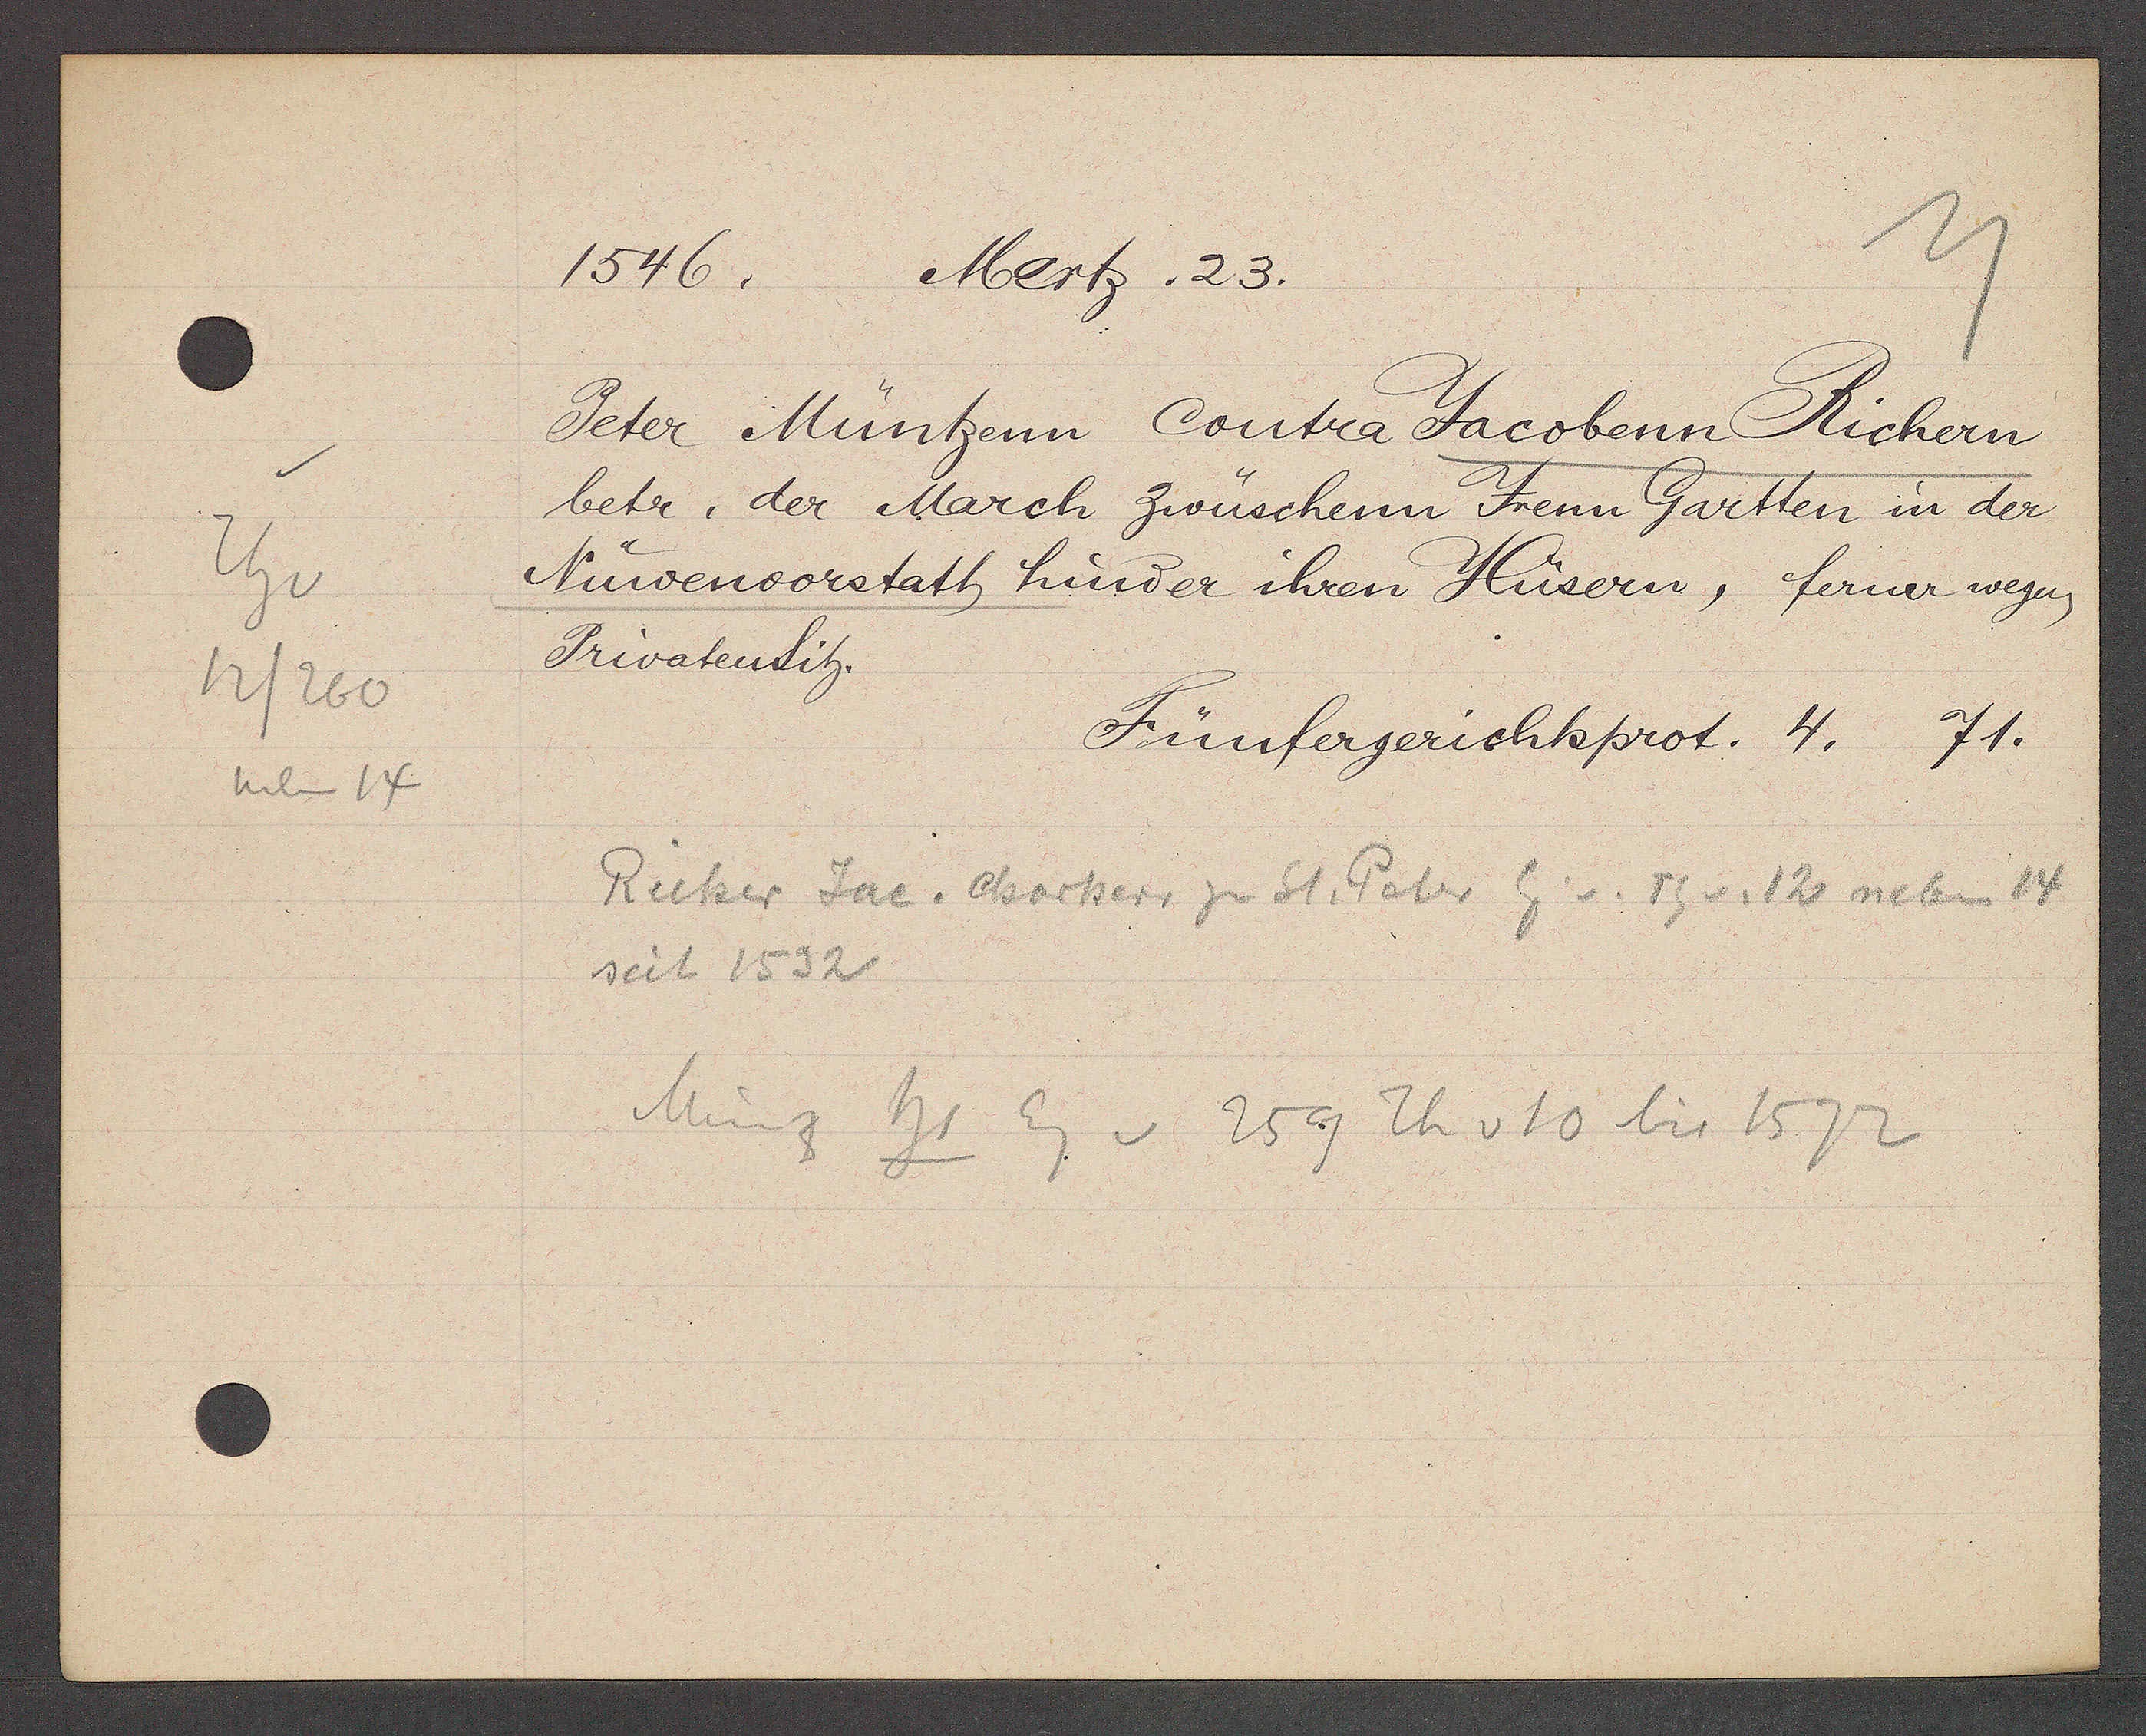
Transcript:
Th v
12/260
neben 14

1546.
Mertz. 23.

Peter Müntzenn Contra Jacobenn Richern
betr. der March zwüschenn Irenn Gartten in der
Nüwenvorstatt hinder ihren Hüsern, ferner wegen
Privatensitz.

Fünfergerichtsprot. 4.
71.

Rüker Jac. Chorherr zu St. Peter Eig v. Th v. 12 neben 14
seit 1532
Münz hs
Eg v 259 Th v 10 bis 1572